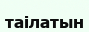
таілатын